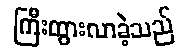
ကြီးထွားလာခဲ့သည်